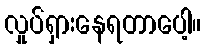
လှုပ်ရှားနေရတာပေါ့။